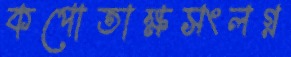
কপোতাক্ষসংলগ্ন